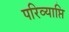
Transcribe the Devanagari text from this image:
परिव्याप्ति